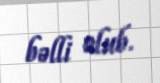
bəlli olub.